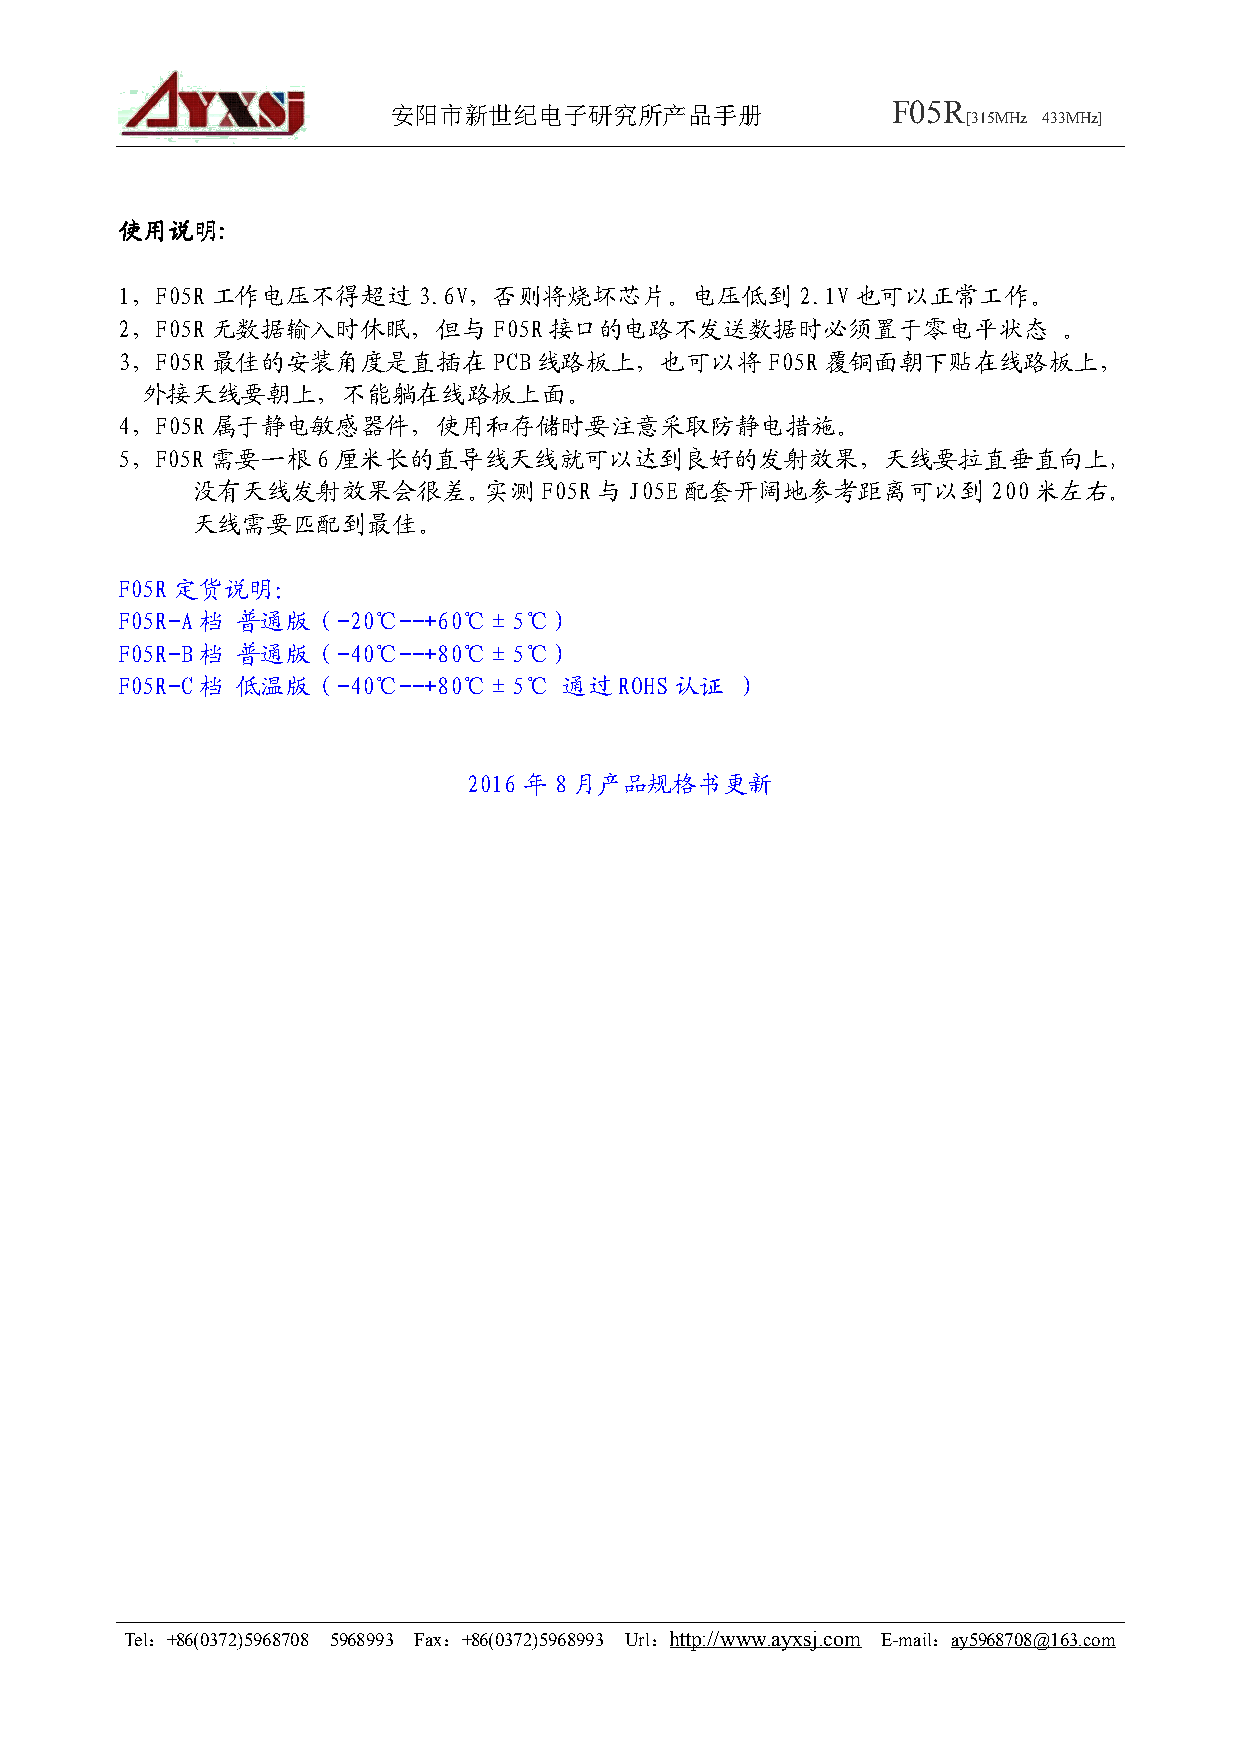
安阳市新世纪电子研究所产品手册                  F05R
 [315MHz 433MHz]
 使使使使用用用用说说说说明明明明::::
 1，F05R 工作电压不得超过3.6V，否则将烧坏芯片。电压低到2.1V             也可以正常工作。
 2，F05R 无数据输入时休眠，但与F05R      接口的电路不发送数据时必须置于零电平状态              。
 3，F05R 最佳的安装角度是直插在PCB线路板上，也可以将             F05R 覆铜面朝下贴在线路板上，
 外接天线要朝上，不能躺在线路板上面。
 4，F05R 属于静电敏感器件，使用和存储时要注意采取防静电措施。
 5，F05R 需要一根6  厘米长的直导线天线就可以达到良好的发射效果，天线要拉直垂直向上，
 没有天线发射效果会很差。实测F05R         与J05E 配套开阔地参考距离可以到        200米左右。
 天线需要匹配到最佳。
 F05R 定货说明：
 F05R-A档 普通版（-20℃--+60℃±5℃）
 F05R-B档 普通版（-40℃--+80℃±5℃）
 F05R-C档 低温版（-40℃--+80℃±5℃    通过ROHS  认证  ）
 2016 年 8 月产品规格书更新
 Tel：+86(0372)5968708 5968993 Fax：+86(0372)5968993 Url：http://www.ayxsj.com E-mail：ay5968708@163.com